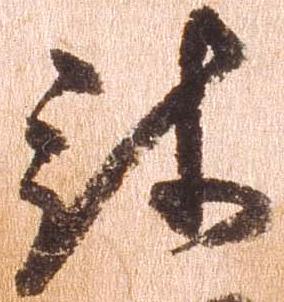
被